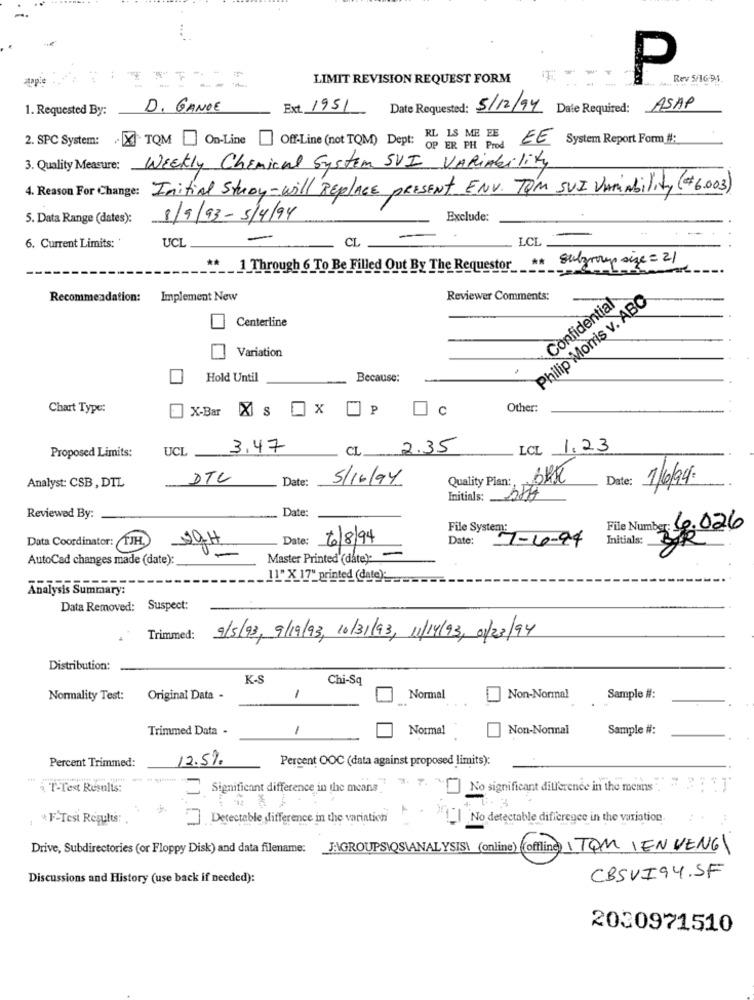
apple
LIMIT REVISION REQUEST FORM
P
Rev 5/16-91
--
1. Requested By:
D. GANDE
Ext. 1951
Date Requested: 5/12/94 Date Required: ASAP
2. SPC System: X TQM On-Line
Off-Line (not TQM) Dept: RL IS ME EE EE System Report Form #:
OP ER PH Prod
Weekly Chemical System SUI VARIAbility
3. Quality Measure:
4. Reason For Change:
Initial Stroy-will REPLACE PRESENT ENV. TOM SUI VariAbility(#6.003)
5. Data Range (dates):
8/9/93-5/4/94
Exclude:
UCL .
LCL
-
6. Current Limits: '
CL
** 1 Through 6 To Be Filled Out By The Requestor sulgroup size = 21
Recommendation: Implement New
Reviewer Comments:
Philip Morris v. ABC
Confidential
Centerline
Variation
Hold Until
Because:
Chart Type:
X-Bar
X s
x
P
Oc
Other:
UCL
3.47
CL
2.35
LCL 1.23
Proposed Limits:
DTL
Date:
5/16/94
Quality Plan: Sak
Date:
1/6/94.
Analyst: CSB , DIL
Initials: att
Date:
Reviewed By:
File System:
File Number: 6.026
Data Coordinator: TJH.
Date:
6/8/94
Date:
7-4-94
Initials:
AutoCad changes made (date):
Master Printed (date): -
.11" X 17" printed (date);
Analysis Summary:
Data Removed: Suspect:
Trimmed:
9/5/93, 9/19/93, 10/31/93, 11/14/93, 01/23/94
Distribution:
K-S
Chi-Sq
Normality Test:
Original Data -
1
Normal
Non-Normal
Sample #:
Trimmed Data -
1
Normal
Non-Normal
Sample #:
Percent Trimmed:
12.5%
Percent OOC (data against proposed limits):
T-Test Results:
Significant difference in the means
X. 7. "No significant difference in the means]
*F-Test Results:
Detectable difference in the variation
|No detectable difference in the variation.
Drive, Subdirectories (or Floppy Disk) and data filename:
JAGROUPSIQS\ANALYSIS (online) (offline) ITOM IEN VENGA
Discussions and History (use back if needed):
CBSVI94.5F
2030971510